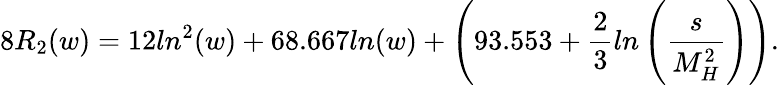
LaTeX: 8R_{2}(w)=12ln^{2}(w)+68.667ln(w)+\left(93.553+\frac{2}{3}ln\left(\frac{s}{M_{H}^{2}}\right)\right).